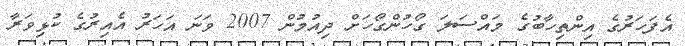
އެފަހަރުގެ އިންތިހާބުގެ މައްސަލަ ގޯހުންގޯހަށް ދިއުމުން 2007 ވަނަ އަހަރު އެއިރުގެ ކުޅިވަރާ